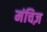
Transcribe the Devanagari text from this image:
मंचिज़